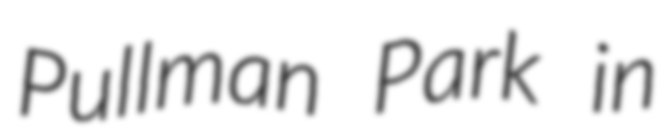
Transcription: Pullman Park in